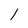
Character: 1